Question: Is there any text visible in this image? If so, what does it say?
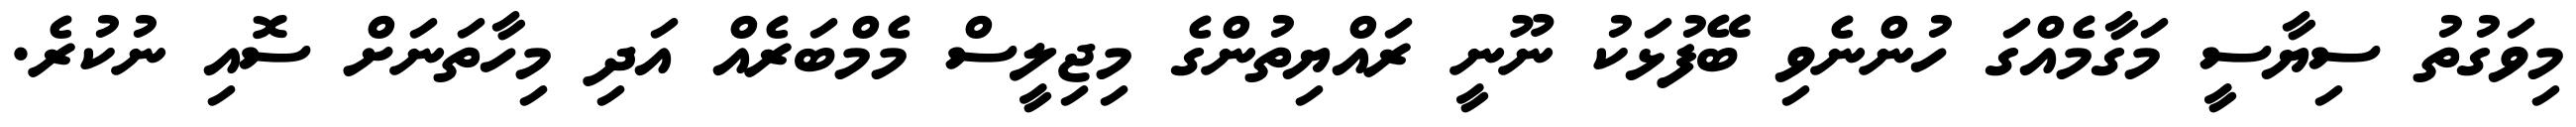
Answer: މިވަގުތު ސިޔާސީ މަގާމެއްގަ ހުންނެވި ބޭފުޅަކު ނޫނީ ރައްޔިތުންގެ މިޖިލީސް މެމްބަރެއް އަދި މިހާތަނަށް ސޮއި ނުކުރެ.